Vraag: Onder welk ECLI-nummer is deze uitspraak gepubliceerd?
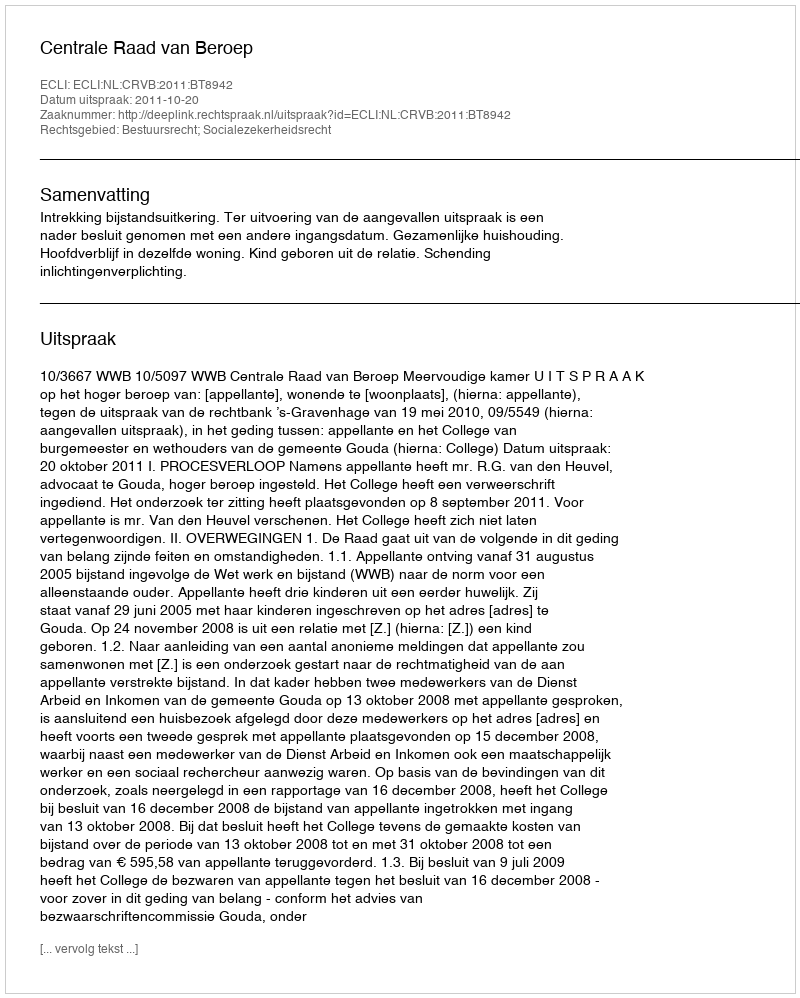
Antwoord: ECLI:NL:CRVB:2011:BT8942